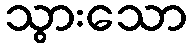
သွားသော